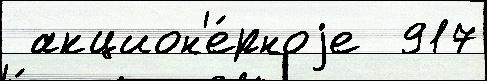
 акцион'е́рноjе  917